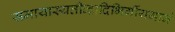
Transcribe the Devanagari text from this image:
समायास्यतीन्द्रादिभिर्गीयमानं